Investigations into the jail dietaries of the United Provinces with some observations on the influence of dietary on the physical development and well-being of the people of the United Provinces - Number 48
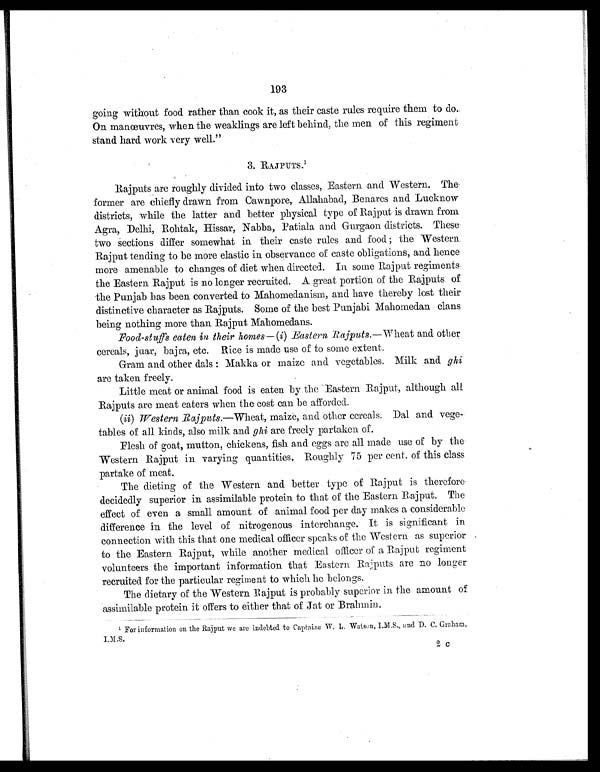
193
going without food rather than cook it, as their caste rules require them to do.
On manœuvres, when the weaklings are left behind, the men of this regiment
stand hard. work very well."
3. RAJPUTS.1
Rajputs are roughly divided into two classes, Eastern and Western. The
former are chiefly drawn from Cawnpore, Allahabad, Benares and Lucknow
districts, while the latter and better physical type of Rajput is drawn from
Agra, Delhi, Rohtak, Hissar, Nabba, Patiala and. Gurgaon districts. These-
two sections differ somewhat in their caste rules and food ; the Western
Rajput tending to be more elastic in observance of caste obligations, and hence
more amenable to changes of diet when directed. In some Rajput regiments
the Eastern Rajput is no longer recruited. A great portion of the Rajputs of
the Punjab has been converted to Mahomedanism, and have thereby lost their
distinctive character as Rajputs. Some of the best Punjabi Mahomedan clans
being nothing more than Rajput Mahomedans.
Food-stuffs eaten in their homes— (i) Eastern Rajputs.—Wheat and other
cereals, juar, bajra, etc. Rice is made use of to some extent.
Gram and other dais : Makka or maize and vegetables. Milk and ghi
are taken freely.
Little meat or animal food is eaten by the Eastern Rajput, although all
Rajputs are meat eaters when the cost can be afforded.
(ii) Western Rajputs.—Wheat, maize, and other cereals. Dal and vege
-tables of all kinds, also milk and ghi are freely partaken of.
Flesh of goat, mutton, chickens, fish and eggs are all made use of by the
Western Rajput in varying quantities. Roughly 75 per cent. of this class
partake of meat.
The dieting of the Western and better type of Rajput is therefore
decidedly superior in assimilable protein to that of the Eastern Rajput. The
effect of even a small amount of animal food per day makes a considerable
difference in the level of nitrogenous interchange. It is significant in
connection with this that one medical officer speaks of the Western as superior
to the Eastern Rajput, while another medical officer of a Rajput regiment
volunteers the important information that Eastern Rajputs are no longer
recruited for the particular regiment to which he belongs.
The dietary of the Western Rajput is probably superior in the amount of
assimilable protein it offers to either that of Jat or Brahmin.
1 For information on the Rajput we are indebted to Captaine W. L. Watson, I.M.S., and D. C. Graham,
I.M.S.
2c